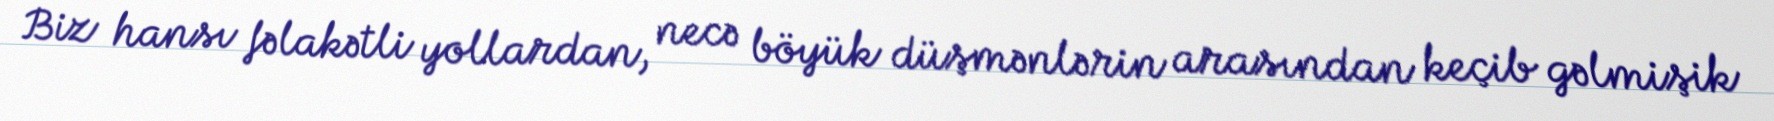
Biz hansı fəlakətli yollardan, necə böyük düşmənlərin arasından keçib gəlmişik